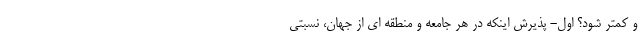
و کمتر شود؟ اول- پذیرش اینکه در هر جامعه و منطقه ای از جهان، نسبتی